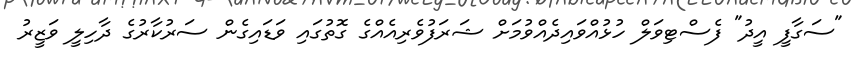
"ސަގާފީ އީދު" ފެސްޓިވަލް ހުޅުއްވައިދެއްވުމަށް ޝަރަފުވެރިއެއްގެ ގޮތުގައި ވަޑައިގެން ސަރުކާރުގެ ދާހިލީ ވަޒީރު